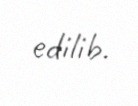
edilib.